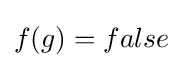
f(g)=false